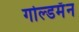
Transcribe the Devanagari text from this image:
गोल्डमॅन